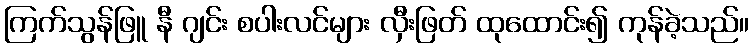
ကြက်သွန်ဖြူ နီ ဂျင်း စပါးလင်များ လှီးဖြတ် ထုထောင်း၍ ကုန်ခဲ့သည်။